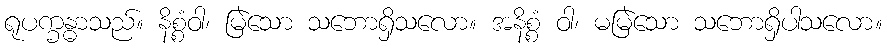
ရုပက္ခန္ဓာသည်။ နိစ္စံဝါ၊ မြဲသော သဘောရှိသလော။ အနိစ္စံ ဝါ၊ မမြဲသော သဘောရှိပါသလော။